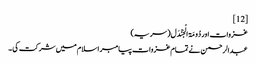
[12]
غزوات اور دُومَۃ الْجَنْدَل( سریہ)‏
عبدالرحمن نے تمام غزوات پیامبر اسلام میں شرکت کی ۔